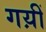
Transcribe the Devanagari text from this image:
गय़ीं